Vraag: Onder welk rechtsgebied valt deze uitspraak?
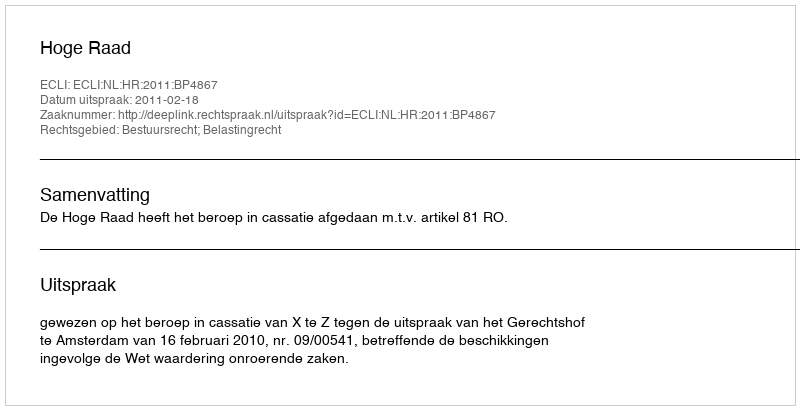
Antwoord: Bestuursrecht; Belastingrecht